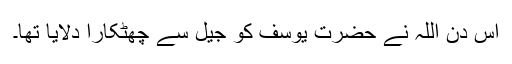
اس دن اللہ نے حضرت یوسفؑ کو جیل سے چھٹکارا دلایا تھا۔